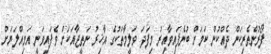
ފޯރުންތެރިކަން ދެއްކުން ކަމަށް ބުނެފައިވާއިރު މިފަދަ ވަލީމާތަކުގެ އާޚިރު ނަތީޖާއަކަށް ވެފައިވަނީ އަމިއްލަޔަށް